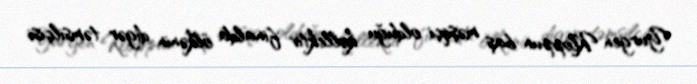
Yurgen Kloppun baş məşqçi olduğu kollektiv finalda ölkənin digər təmsilçisi